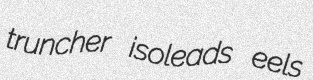
truncher isoleads eels